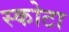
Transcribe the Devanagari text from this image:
स्कोटा